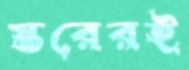
স্তরেরই